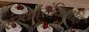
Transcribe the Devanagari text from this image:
संस्कारांकितहि